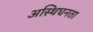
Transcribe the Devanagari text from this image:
अस्थिघनता